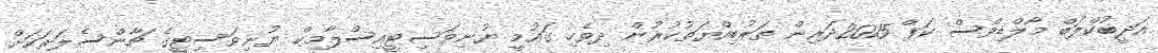
އަދީބުކްލަބް މޯލްޑިވްސް ކަޕް 2015ދަރިން ތަރުބިއްޔަތުކުރުން ދިވެހި ގައުމީ ޔުނިވަސިޓީއިސްލާމިކް ޔުނިވަސިޓީގެ ޗާންސެލަރަަކަށް